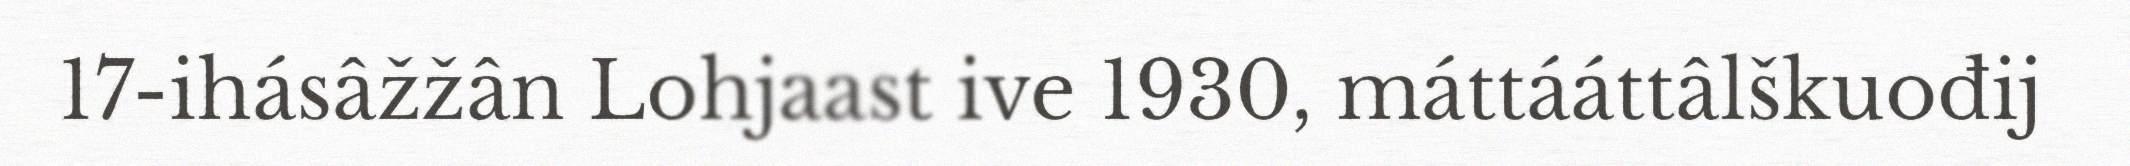
17-ihásâžžân Lohjaast ive 1930, máttááttâlškuođij